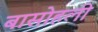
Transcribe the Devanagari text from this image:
बासोहली